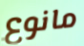
مانوع